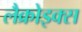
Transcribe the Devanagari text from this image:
लैक्रोइक्स